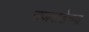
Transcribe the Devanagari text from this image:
राजवाडेच्या